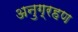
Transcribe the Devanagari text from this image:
अनुग्रहण